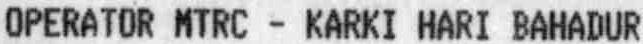
OPERATOR MTRC - KARKI HARI BAHADUR